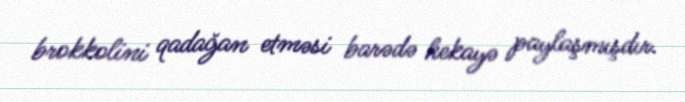
brokkolini qadağan etməsi barədə hekayə paylaşmışdır.